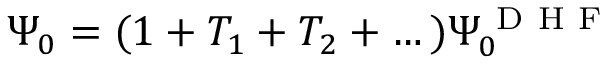
\Psi _ { 0 } = ( 1 + T _ { 1 } + T _ { 2 } + \dots ) \Psi _ { 0 } ^ { \mathrm { ~ D ~ H ~ F ~ } }